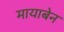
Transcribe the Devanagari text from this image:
मायाबेन